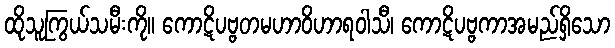
ထိုသူကြွယ်သမီးကို။ ကောဋိပဗ္ဗတမဟာဝိဟာရဝါသီ၊ ကောဋိပဗ္ဗကာအမည်ရှိသော